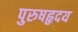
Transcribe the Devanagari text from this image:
पुरुषहृदय